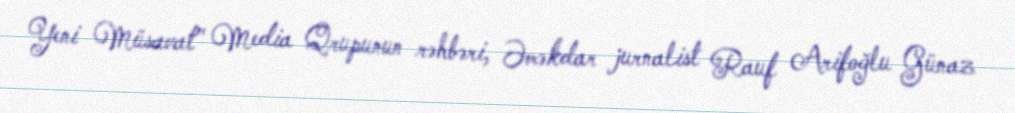
Yeni Müsavat" Media Qrupunun rəhbəri, Əməkdar jurnalist Rauf Arifoğlu Günaz